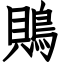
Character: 鵙